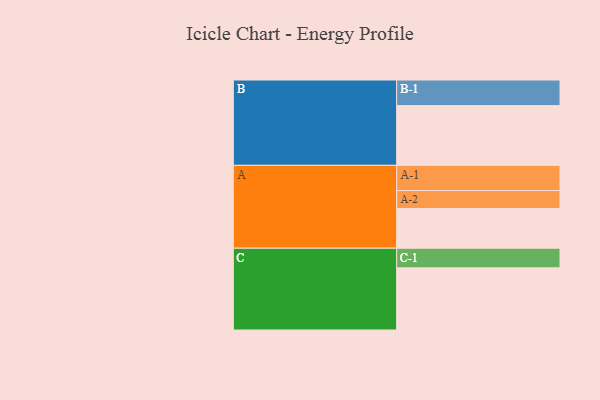
{"axis": {"x": "Segment", "y": "Value"}, "legend": ["", "A", "B", "C"], "data": [{"x": "A", "y": 356, "type": ""}, {"x": "B", "y": 536, "type": ""}, {"x": "C", "y": 558, "type": ""}, {"x": "A-1", "y": 226, "type": "A"}, {"x": "A-2", "y": 162, "type": "A"}, {"x": "B-1", "y": 230, "type": "B"}, {"x": "C-1", "y": 176, "type": "C"}]}